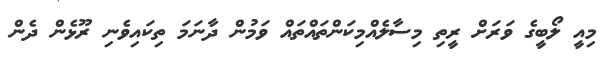
މިއީ ލޯބީގެ ވަރަށް ރީތި މިސާލެއްމިކަންތައްތައް ވަމުން ދާނަމަ ތިކައިވެނި ރޫޅެން ދެން